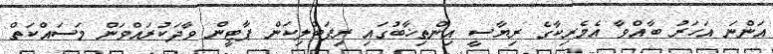
އަންނަ އަހަރު ބާއްވާ އެމެރިކާގެ ރިޔާސީ އިންތިޚާބުގައި ރިޕަބްލިކަން ޕާޓީން ވާދަކުރައްވަން މަސައްކަތް